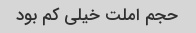
حجم املت خیلی کم بود